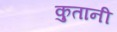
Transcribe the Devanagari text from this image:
कुतानी